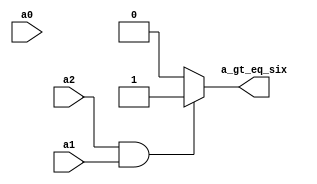
module a_gt_eq_six (a2, a1, a0, a_gt_eq_six);
input a2, a1, a0;
output a_gt_eq_six;

reg a_gt_eq_six;

always @ (a2 or a1 or a0)
begin
	if (a2 & a1)
		a_gt_eq_six = 1'b1;
	else
		a_gt_eq_six = 1'b0;
end
endmodule